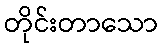
တိုင်းတာသော